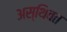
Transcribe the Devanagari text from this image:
अस्थिवत